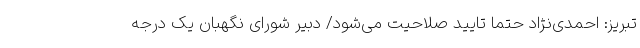
تبریز: احمدی‌نژاد حتما تایید صلاحیت می‌شود/ دبیر شورای نگهبان یک درجه